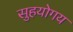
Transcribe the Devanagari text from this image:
सुहयोगय